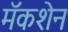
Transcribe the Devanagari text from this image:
मॅकशेन